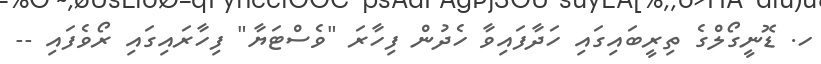
ހ. ޑޮނީގޯލްގެ ތިރީބައިގައި ހަދާފައިވާ ހެދުން ފިހާރަ "ވެސްޓަޔާ" ފިހާރައިގައި ރޯވެފައި --